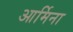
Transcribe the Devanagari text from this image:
आर्मिना